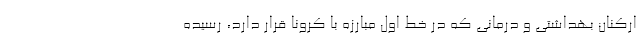
ارکنان بهداشتی و درمانی که در خط اول مبارزه با کرونا قرار دارد، رسیده